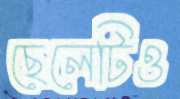
ছেলেটিও